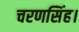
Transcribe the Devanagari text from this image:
चरणसिंह।